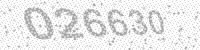
Solution: 026630